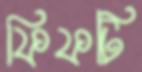
ফিফটি